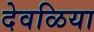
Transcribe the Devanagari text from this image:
देवळिया